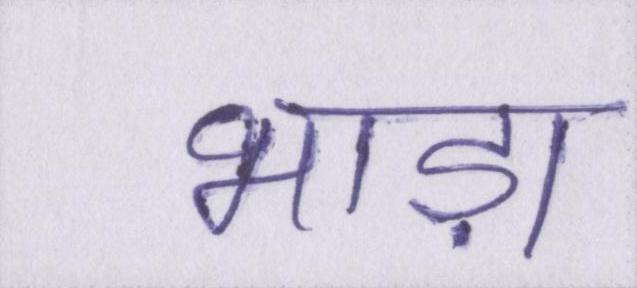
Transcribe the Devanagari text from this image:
भाड़ा